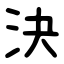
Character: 決